Source: Computer-generated
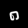
Digit: ၈ (8)